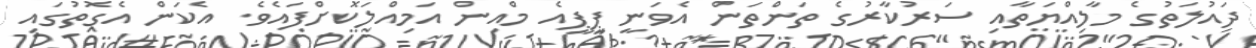
ދައުލަތުގެ މާލިއްޔަތާއި ސަރުކާރުގެ ތަންތަން އެވަނީ ޕީޕީއެ މްއިން އަމިއްލަކޮށްފައެވެ. އެކަން އެގޮތުގައި